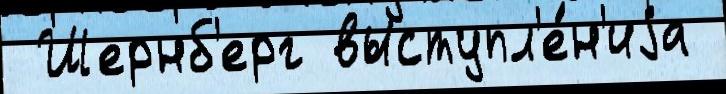
 Шернб'ерг выступл'е́н'иjа